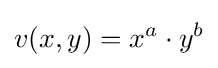
v(x,y)=x^{a}\cdot y^{b}